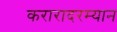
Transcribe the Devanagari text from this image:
करारादरम्यान